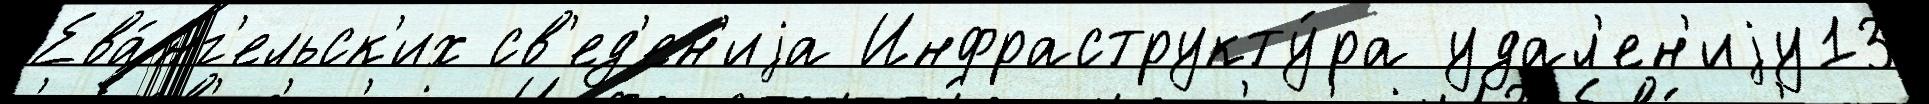
Ева́нг'ельск'их св'ед'ен'иjа Инфраструкту́ра удал'ен'иjу13